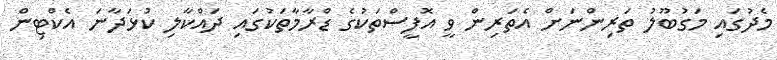
މެދުގައި މަގުބޫލު ތަރިންނަށް އެތަރިން ވީ އޮފީސްތަކުގެ ޑްރާމާތަކުގައި ދައްކާލި ކުޅަދާނަ އެކްޓިން